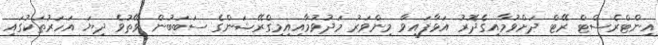
އިންޓްރެސްޓް ރޭޓް ދަށްވުމާއިގެދޮރު އަޅާފައިވާ މިންވަރު މަދުވުމާއިއިމިގްރޭޝަންގެ ސަބަބުން ވޭތުވެ ދިޔަ އަހަރުތަކުގައި